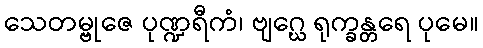
သေတမ္ဗုဇေ ပုဏ္ဍရီကံ၊ ဗျဂ္ဃေ ရုက္ခန္တရေ ပုမေ။